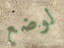
لوضع